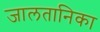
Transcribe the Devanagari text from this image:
जालतानिका